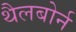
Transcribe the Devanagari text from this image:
थैलबोर्न